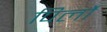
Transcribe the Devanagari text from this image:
पिर्लो